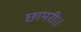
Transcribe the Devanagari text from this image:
छामरी।।